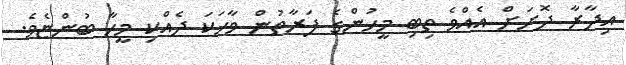
އިދާރާ ދޮށަށް އެއްވެ ތިބި މީހުންގެ ފަރާތުން ވާހަކަ ދެއްކި މީހާ ބުންޏެވެ.